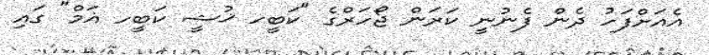
އެއަށްފަހު ދެން ފެނުނީ ކަރަން ޖޯހަރްގެ "ކަބީހ ޚުޝީ ކަބީހ ޣަމް" ގައި